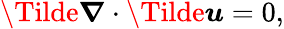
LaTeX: \boldsymbol{\Tilde{\nabla}}\cdot\boldsymbol{\Tilde{u}}=0,